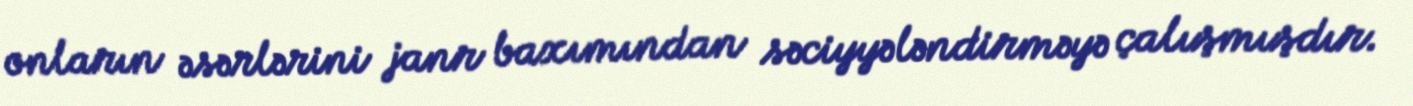
onların əsərlərini janr baxımından səciyyələndirməyə çalışmışdır.